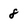
Character: 8